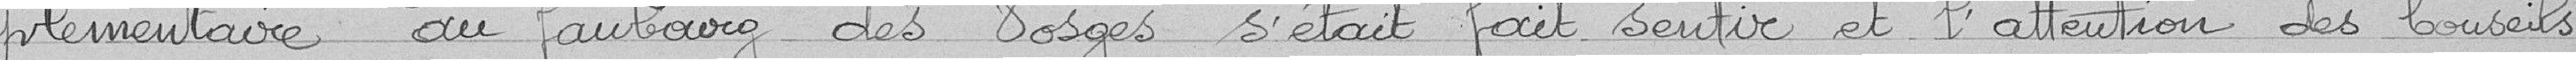
plémentaire au faubourg des Vosges s'était fait sentir et l'attention des conseils